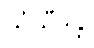
သံသီဒန္တိ